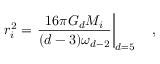
r _ { i } ^ { 2 } = \left. { \frac { 1 6 \pi G _ { d } M _ { i } } { ( d - 3 ) \omega _ { d - 2 } } } \right| _ { d = 5 } \quad ,